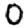
Digit: 0